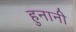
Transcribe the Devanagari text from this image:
हुनानी